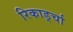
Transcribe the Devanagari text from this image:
रिकार्ड्चा